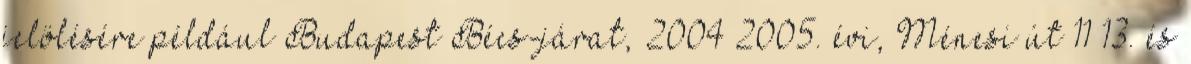
jelölésére például Budapest–Bécs-járat, 2004–2005. évi, Ménesi út 11–13. és